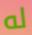
له